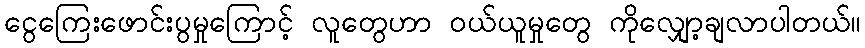
ငွေကြေးဖောင်းပွမှုကြောင့် လူတွေဟာ ဝယ်ယူမှုတွေ ကိုလျှော့ချလာပါတယ်။